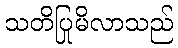
သတိပြုမိလာသည်